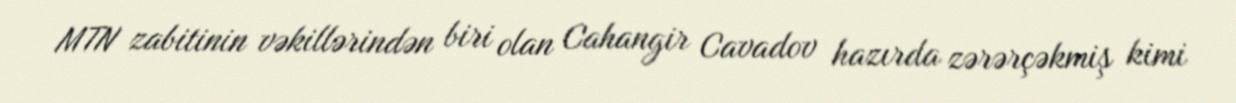
MTN zabitinin vəkillərindən biri olan Cahangir Cavadov hazırda zərərçəkmiş kimi